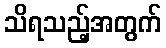
သိရသည့်အတွက်